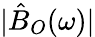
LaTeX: |\hat{B}_{O}(\omega)|